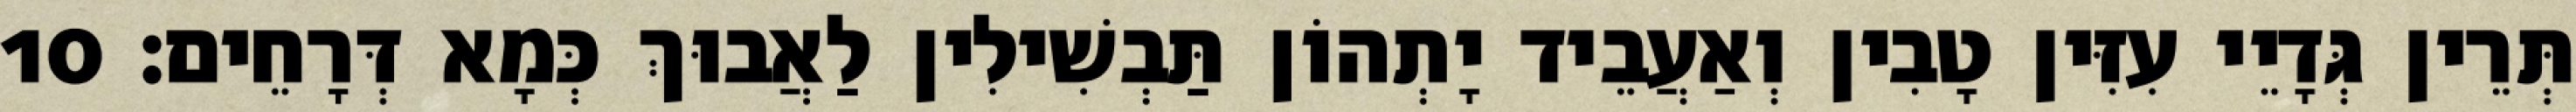
תְּרֵין גְּדָיֵי עִזִּין טָבִין וְאַעֲבֵיד יָתְהוֹן תַּבְשִׁילִין לַאֲבוּךְ כְּמָא דְּרָחֵים׃ 10